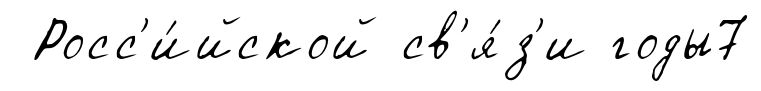
Росс'и́йской св'я́з'и годы7